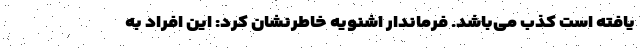
یافته است کذب می‌باشد. فرماندار اشنویه خاطرنشان کرد: این افراد به